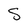
Character: S